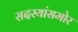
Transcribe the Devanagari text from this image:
सदस्यांसमोर